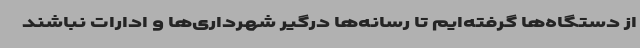
از دستگاه‌ها گرفته‌ایم تا رسانه‌ها درگیر شهرداری‌ها و ادارات نباشند